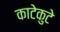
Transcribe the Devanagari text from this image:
काटेकुटे